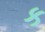
ક